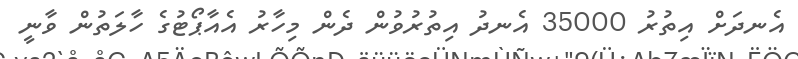
އެނދަށް އިތުރު 35000 އެނދު އިތުރުވުން ދެން މިހާރު އެއާޕޯޓުގެ ހާލަތުން ވާނީ